Document type: Oath
Year: 1447
Scribe: Pere Figuerola
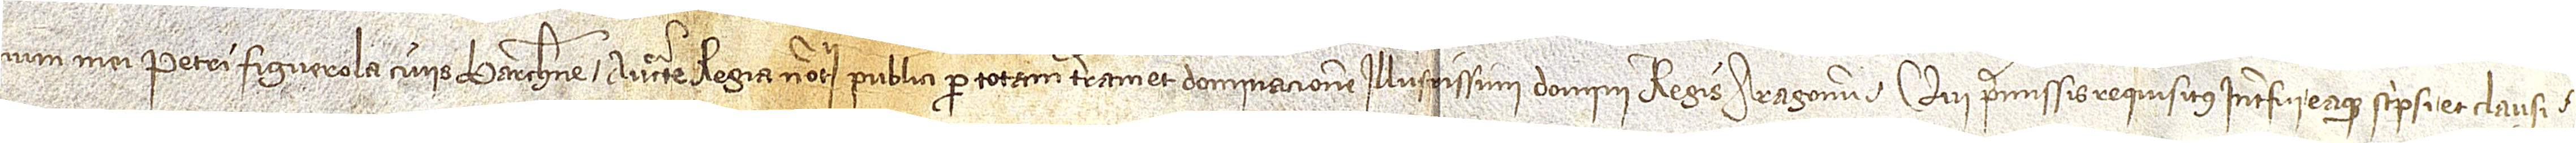
num mei Petri Figuerola, civis Barchinone, auctoritate regia notarii publici per totam terram et dominacionem illustrissimi domini regis Aragonum, qui premissis requisitus interfui eaque scripsi et clausi.